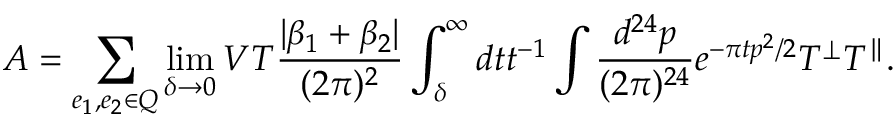
A = \sum _ { e _ { 1 } , e _ { 2 } \in Q } \operatorname * { l i m } _ { \delta \rightarrow 0 } V T { \frac { | \beta _ { 1 } + \beta _ { 2 } | } { ( 2 \pi ) ^ { 2 } } } \int _ { \delta } ^ { \infty } d t t ^ { - 1 } \int { \frac { d ^ { 2 4 } p } { ( 2 \pi ) ^ { 2 4 } } } e ^ { - \pi t p ^ { 2 } / 2 } T ^ { \perp } T ^ { \parallel } .